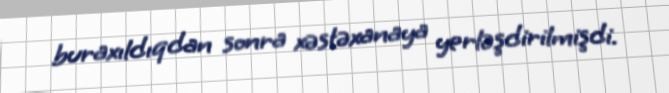
buraxıldıqdan sonra xəstəxanaya yerləşdirilmişdi.